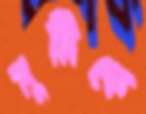
মুন্নিকে